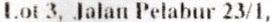
LOT 3, JALAN PELABUR 23/1,